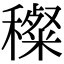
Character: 𥢽